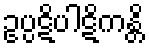
ဥပ္ပဋိပါဋိကန္တိ